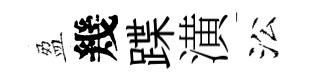
盈幾蹀潢㳂